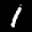
Label: 1